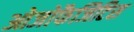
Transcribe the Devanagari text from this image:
ओजोफैजिटिस